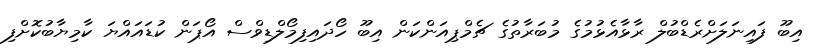
އިބޫ ފައިނަލަށްރެޑްބުލް ރާޅާއެޅުމުގެ މުބަރާތުގެ ޗެމްޕިއަންކަން އިބޫ ހޯދައިފިމޯލްޑިވްސް އޯޕަން ކުޑައައްޔަ ކާމިޔާބުކޮށްފި